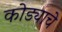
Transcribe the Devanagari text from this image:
कोड्याचे